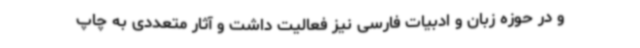
و در حوزه زبان و ادبیات فارسی نیز فعالیت داشت و آثار متعددی به چاپ